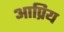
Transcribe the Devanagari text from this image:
आप्रिय